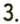
3.